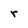
Character: r